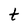
Character: t